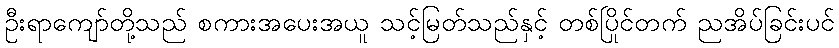
ဦးရာကျော်တို့သည် စကားအပေးအယူ သင့်မြတ်သည်နှင့် တစ်ပြိုင်တက် ညအိပ်ခြင်းပင်